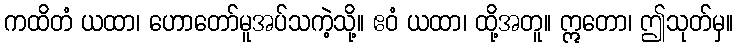
ကထိတံ ယထာ၊ ဟောတော်မူအပ်သကဲ့သို့။ ဧဝံ ယထာ၊ ထို့အတူ။ ဣတော၊ ဤသုတ်မှ။